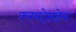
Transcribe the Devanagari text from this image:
क्लयदेसडेल